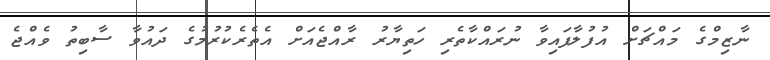
ނާޒިމްގެ މައްޗަށް އުފުލާފައިވާ ނުރައްކާތެރި ހަތިޔާރު ރާއްޖެއަށް އެތެރެކުރުމުގެ ދައުވާ ސާބިތު ވެއްޖެ